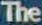
The